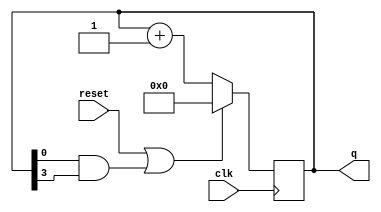
module top_module (
    input clk,
    input reset,        // Synchronous active-high reset
    output [3:0] q);

    always@(posedge clk)begin
        if(reset | q[0]&q[3]) //0 to 9 counter reset functionality, 9 is 1001.
            q <= 0;
        else
            q <= q + 1;
    end
    
endmodule